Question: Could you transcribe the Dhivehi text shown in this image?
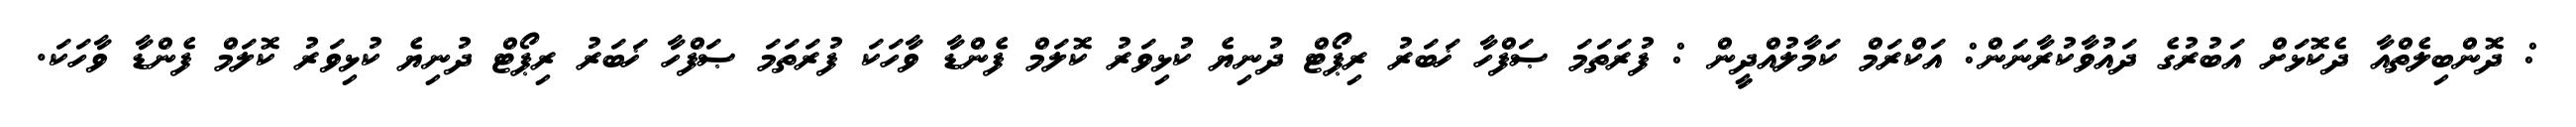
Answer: : ދޮންބިލެތްއާ ދެކޮޅަށް އަބުރުގެ ދައުވާކުރާނަން: އަކްރަމް ކަމާލުއްދީން : ފުރަތަމަ ޞަފްހާ ޚަބަރު ރިޕޯޓް ދުނިޔެ ކުޅިވަރު ކޮލަމް ފެންޑާ ވާހަކަ ފުރަތަމަ ޞަފްހާ ޚަބަރު ރިޕޯޓް ދުނިޔެ ކުޅިވަރު ކޮލަމް ފެންޑާ ވާހަކަ.